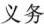
义务